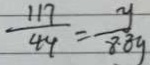
\frac { 1 1 7 } { 4 9 } = \frac { y } { 8 . 8 y }